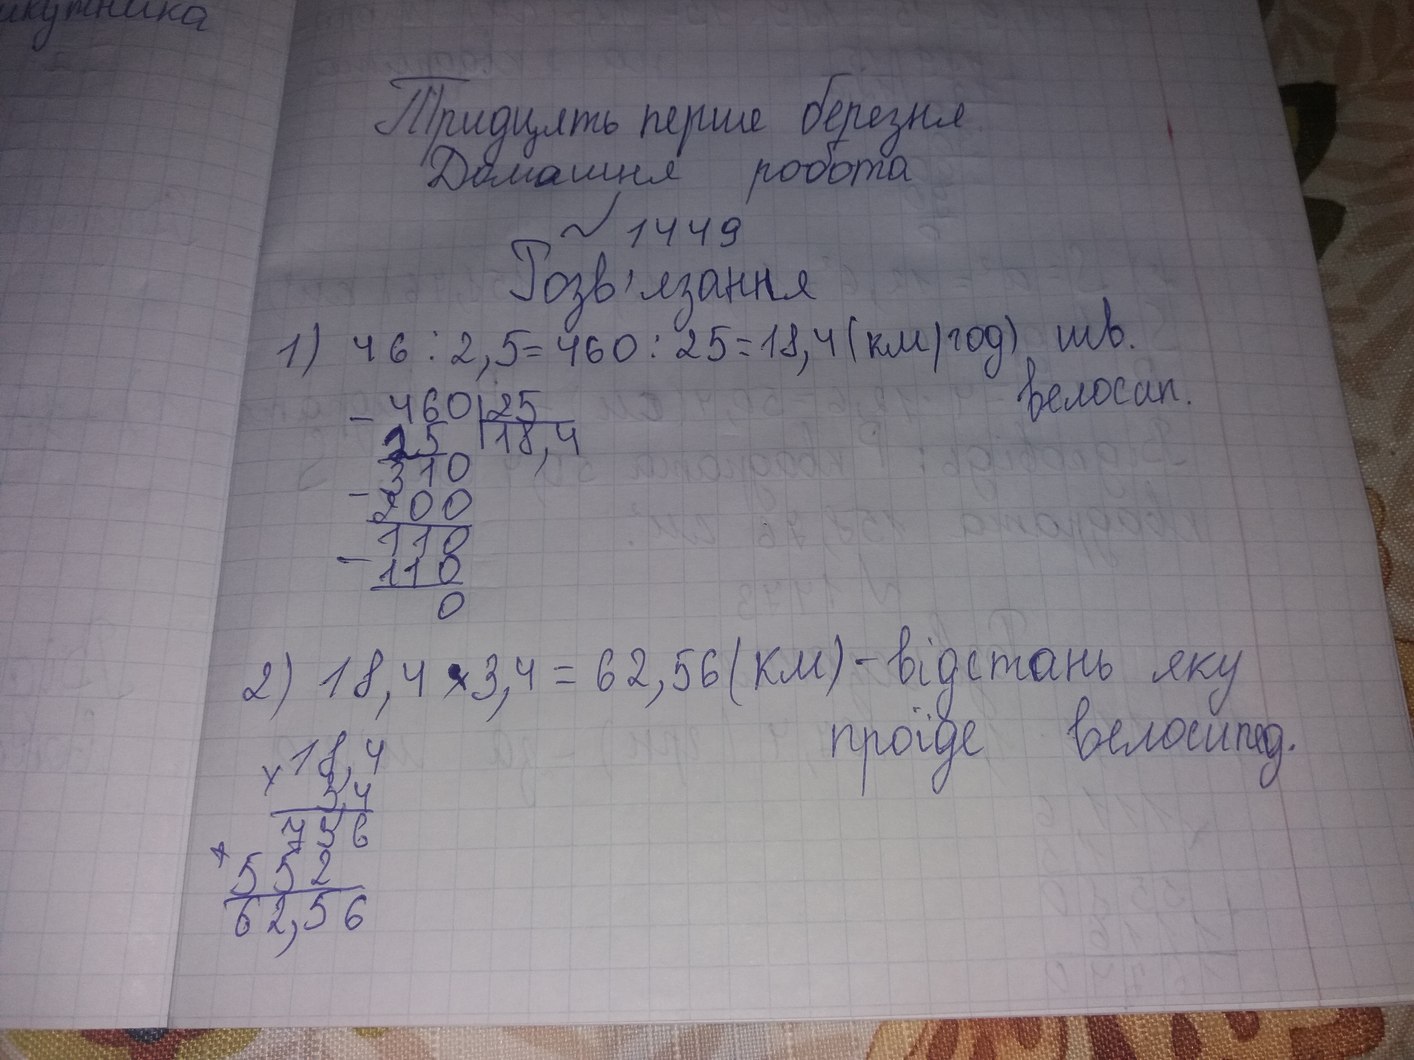
Тридцять перше березня
Домашня робота
№1449
Розв'язання
1) 46 : 2,5 = 460 : 25 = 18,4 (км/год) шв.
велосип.
\begin{array}{r|l} 460 & 25 \\ \cline{2-2} -25 & 18,4 \\ \hline 310 & \\ -200 & \\ \hline 110 & \\ -110 & \\ \hline 0 & \end{array}
2) 18,4 ‧ 3,4 = 62,56 (км) - відстань яку
проїде велосипед.
\begin{array}{r} \times 18,4 \\ 34 \\ \hline 736 \\ + 552 \phantom{0} \\ \hline 62,56 \end{array}